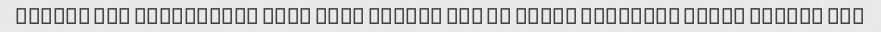
Tamame tot farangiaye roye cake rikhte bod va kamel sheklesh beham rikhte bod